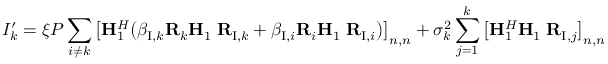
I _ { k } ^ { \prime } = \xi P \sum _ { i \neq k } \big [ { \bf H } _ { 1 } ^ { H } \big ( \beta _ { \mathrm { I } , k } \mathbf { R } _ { k } { \bf H } _ { 1 } { \bf \Phi } { \bf R } _ { \mathrm { I } , k } + \beta _ { \mathrm { I } , i } \mathbf { R } _ { i } { \bf H } _ { 1 } { \bf \Phi } { \bf R } _ { \mathrm { I } , i } \big ) \big ] _ { n , n } + \sigma _ { k } ^ { 2 } \sum _ { j = 1 } ^ { k } \big [ { \bf H } _ { 1 } ^ { H } { \bf H } _ { 1 } { \bf \Phi } { \bf R } _ { \mathrm { I } , j } \big ] _ { n , n }